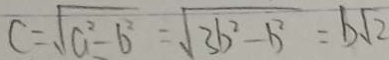
C = \sqrt { a ^ { 2 } - b ^ { 2 } } = \sqrt { 3 b ^ { 2 } - b ^ { 2 } } = b \sqrt { 2 }